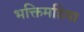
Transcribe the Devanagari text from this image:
भक्तिमहिमा